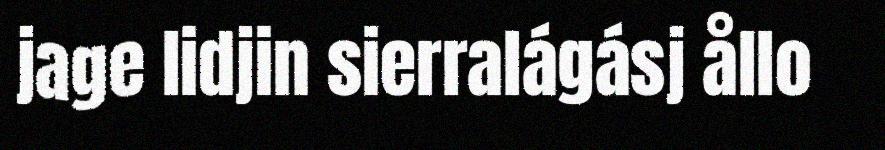
jage lidjin sierralágásj ållo